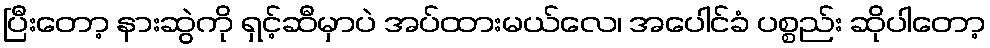
ပြီးတော့ နားဆွဲကို ရှင့်ဆီမှာပဲ အပ်ထားမယ်လေ၊ အပေါင်ခံ ပစ္စည်း ဆိုပါတော့